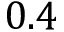
0 . 4